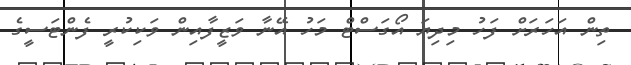
ތިން އަހަރަށް ފަހު މިދިޔަ އޯގަސްޓް މަހު އޭނާ ވަޒީފާއިން ވަކިކުރީ ފެންޓަސީގެ